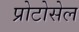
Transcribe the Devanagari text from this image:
प्रोटोसेल